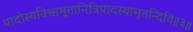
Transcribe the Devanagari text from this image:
पादोस्यविश्वाभूतानित्रिपादस्यामृतन्दिवि॥३॥